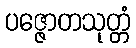
ပဇ္ဇောတသုတ္တံ